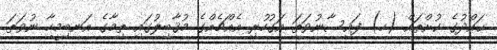
ޙައްދުގެ ކުށްތައް (ހ) ފައިސާނުވަތަ އަގުހުރި އެއްޗެއްގެ މުޤާބިލުގައި ތިމާގެ އަނބިމީހާ ނުވަތަ